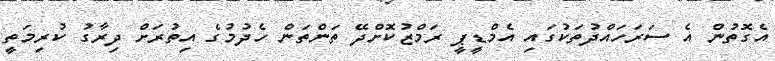
އެގޮތުން އެ ސަރަހައްދުތަކުގައި އެމްޑީޕީ ރަމްޒުކޮށްދޭ ތަންތަން ހެދުމުގެ އިތުރަށް ދިރާގު ކުރިމަތީ